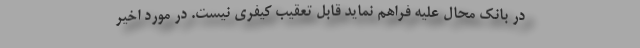
در بانک محال علیه فراهم نماید قابل تعقیب کیفری نیست. در مورد اخیر